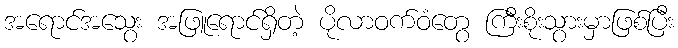
အရောင်အသွေး အဖြူရောင်ရှိတဲ့ ပိုလာဝက်ဝံတွေ ကြီးစိုးသွားမှာဖြစ်ပြီး